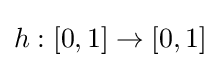
h:[0,1]\to [0,1]